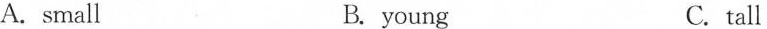
A. small B. young C.tall